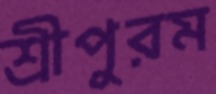
শ্রীপুরম